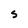
Character: S